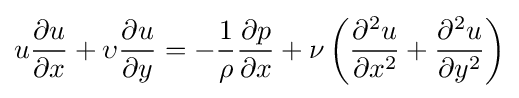
u{\partial u \over \partial x}+\upsilon {\partial u \over \partial y}=-{1 \over \rho }{\partial p \over \partial x}+{\nu }\left({\partial ^{2}u \over \partial x^{2}}+{\partial ^{2}u \over \partial y^{2}}\right)